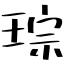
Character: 琮